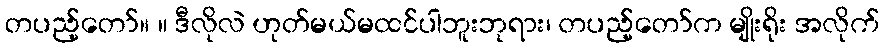
တပည့်တော်။ ။ ဒီလိုလဲ ဟုတ်မယ်မထင်ပါဘူးဘုရား၊ တပည့်တော်က မျိုးရိုး အလိုက်